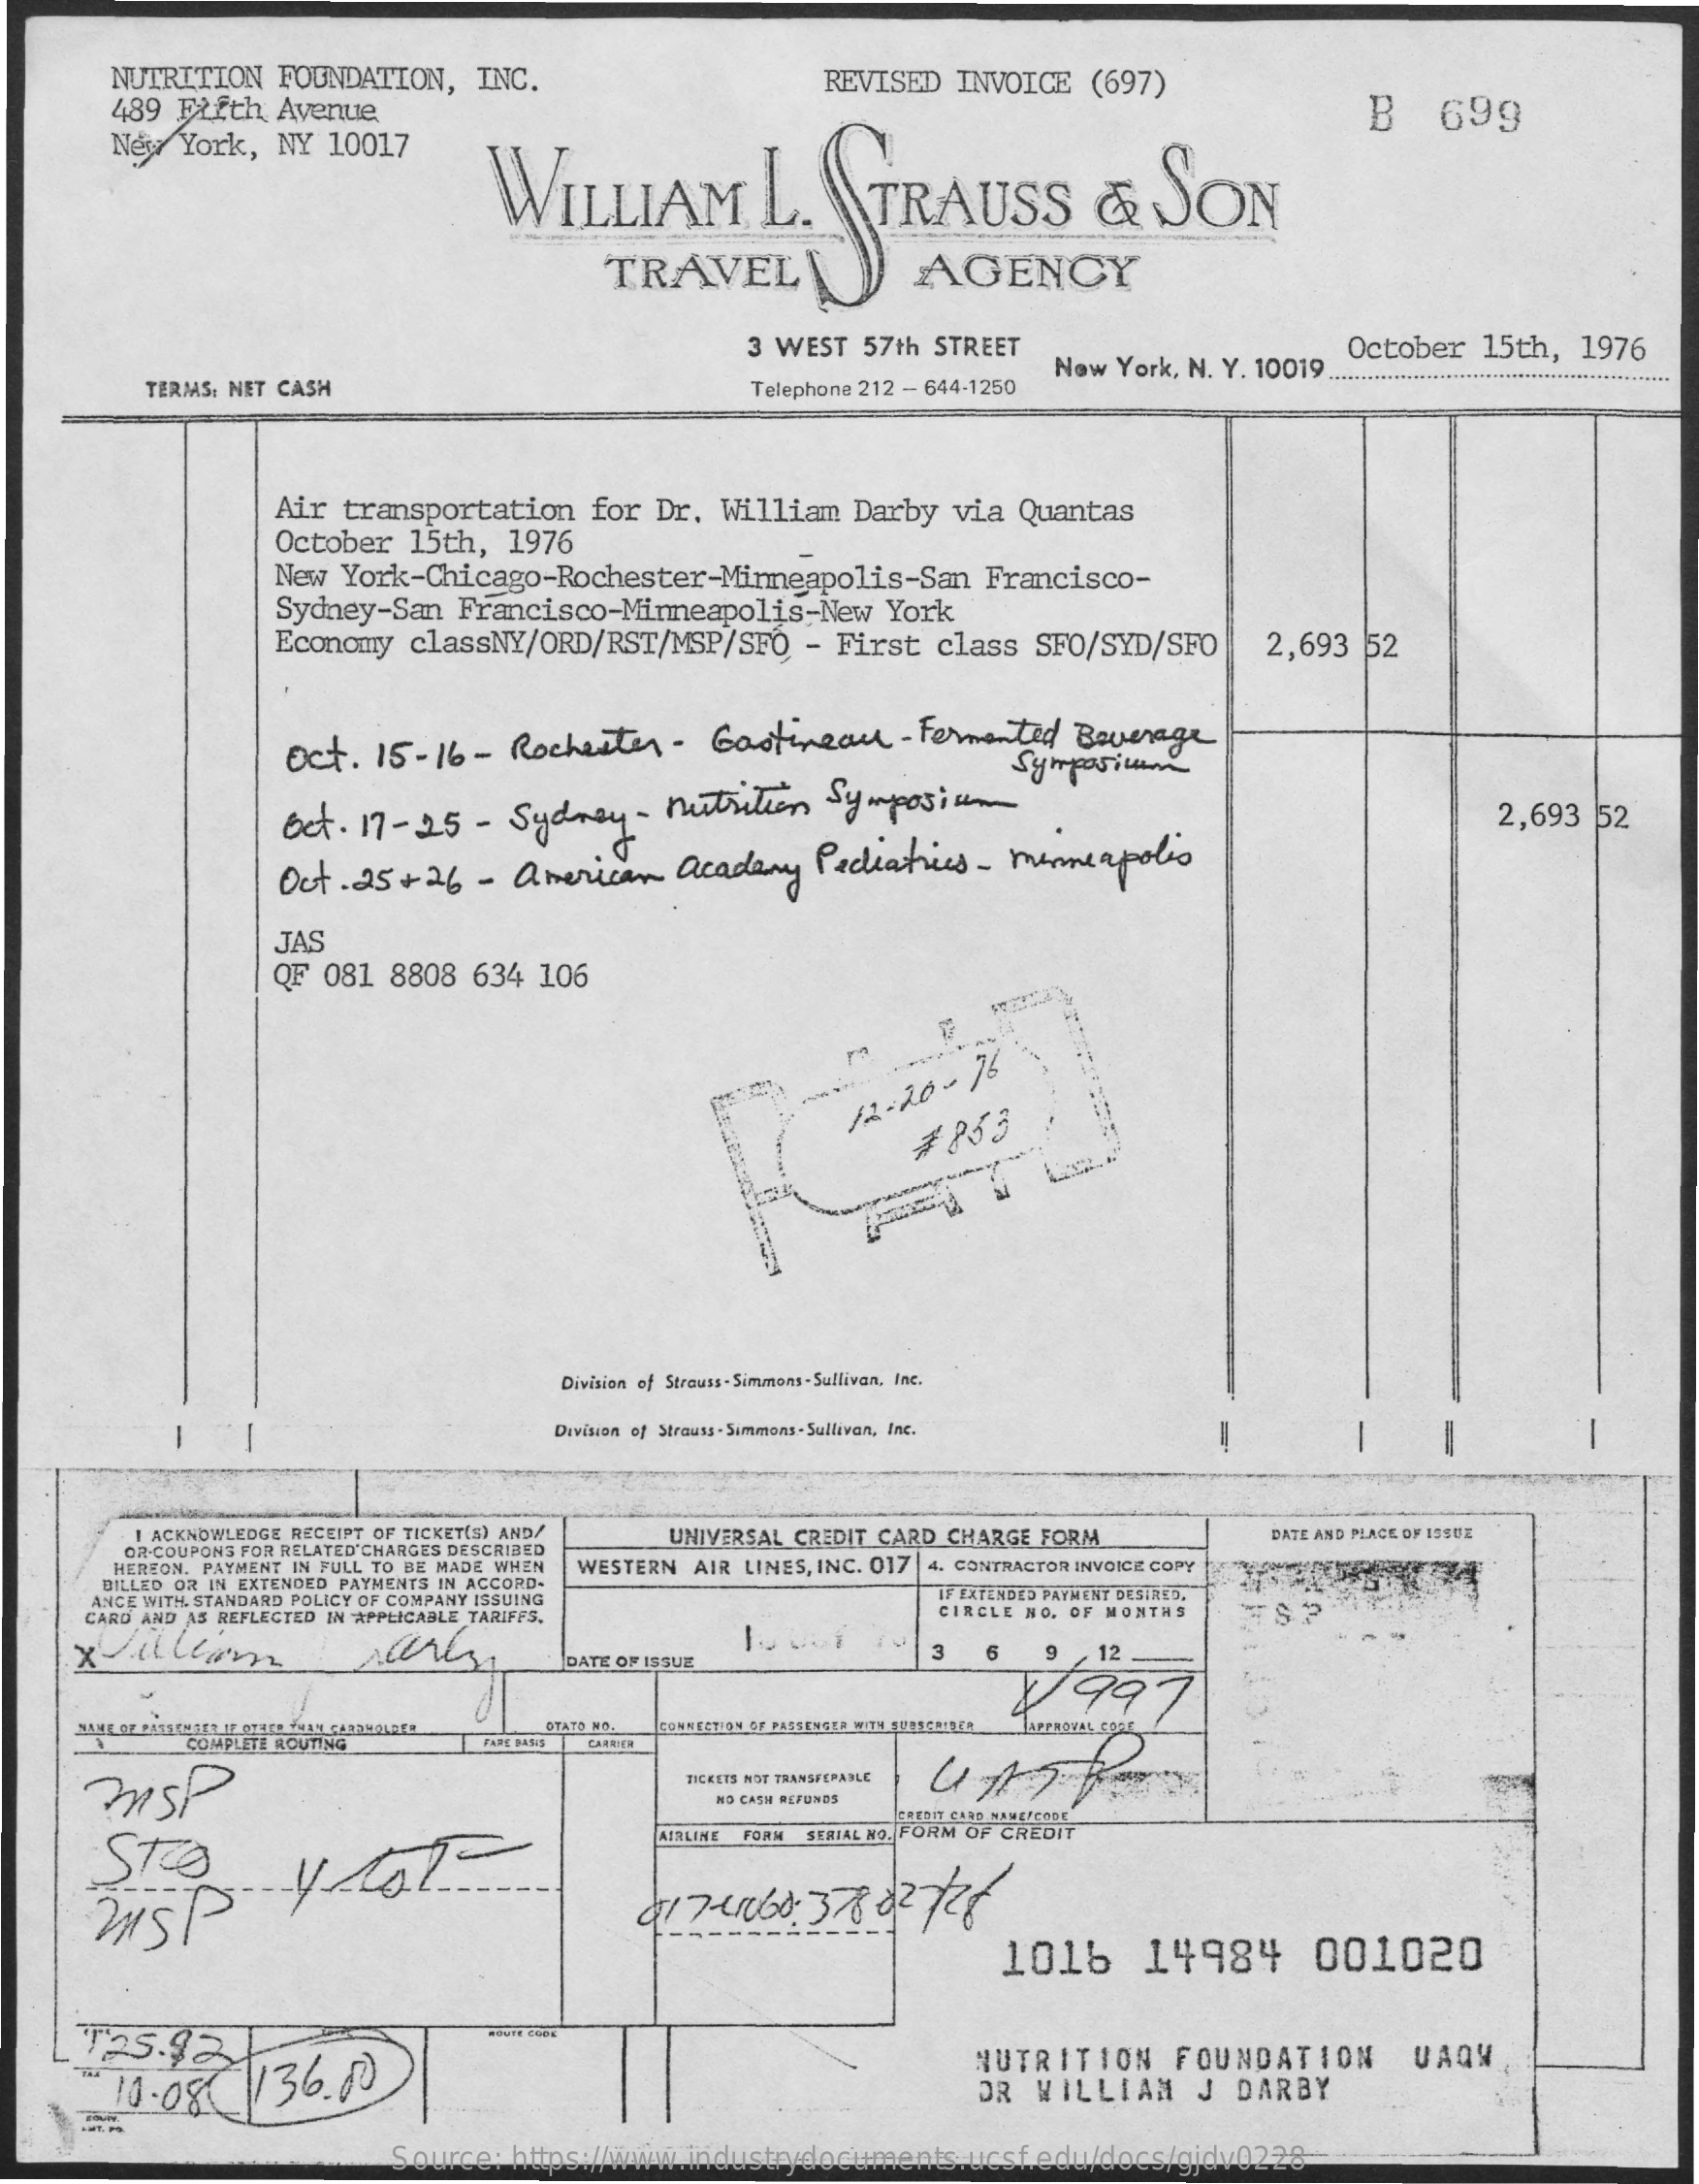
NUTRITION FOUNDATION, INC.
     489 Fifth Avenue
     REVISED INVOICE (697)
     New York, NY 10017
     WILLIAM    L.  STRAUSS    &  SON
     B   699
     TRAVEL    AGENCY
     3 WEST 57th STREET    October 15th, 1976
     TERMS: NET CASH
     New York, N. Y. 10019.
     Telephone 212 - 644-1250
     Air transportation for Dr. William Darby via Quantas
     October 15th, 1976
     New York-Chicago-Rochester-Minneapolis-San Francisco-
     Sydney-San Francisco-Minneapolis-New York
     Economy classNY/ORD/RST/MSP/SFO - First class SFO/SYD/SFO    2,693 52
     Oct.  15-16 - Rochester - Gastineau   - Fermented Beverage
     Symposium
     Bet. 17-25  - Sydney  - nutrition Symposium
     2,693 52
     Oct. 25+26  - american  Academy  Pediatrics- minneapolis
     QF 081 8808 634 106
     JAS
     === 12-20
     - 76
     , 853
     Division ef Strauss- Simmons - Sullivan, Inc.
     Division of Strauss - Simmons - Sullivan, Inc.
     -
     I ACKNOWLEDGE RECEIPT OF TICKET(S) AND/ UNIVERSAL CREDIT CARD CHARGE FORM DATE AND PLACE OF ISSUE
     OR.COUPONS FOR RELATED'CHARGES DESCRIBED
     HEREON. PAYMENT IN FULL TO BE MADE WHEN WESTERN AIR LINES, INC. 017 4. CONTRACTOR INVOICE COPY
     BILLED OR IN EXTENDED PAYMENTS IN ACCORD.
     ANCE WITH. STANDARD POLICY OF COMPANY ISSUING    IF EXTENDED PAYMENT DESIRED.
     CARD AND AS REFLECTED IN APPLICABLE TARIFFS.    CIRCLE NO. OF MONTHS S
     xullom    DATE OF ISSUE
     3    12
     5997
     DTATO NO. CONNECTION OF PASSENGER WITY TRICHTER
     mnSP
     TICKETS NOT TRANSFERABLE
     NO CASH REFUNDS
     AIRLINE FORM SERIAL NO. FORM OF CREDIT
     017-1060:  378 22728
     1016    14984    001020
     T25.92
     To 10.08  |136.00
     NUTRITION   FOUNDATION    UAQY
     DR WILLIAM   J  DARBY
     Source: https://www.industrydocuments.ucsf.edu/docs/gjdv0228